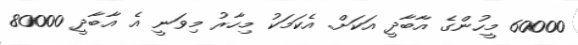
60000 މީހުންގެ އާބާދީ އަކަށް. އެކަމަކު މިހާރު މިވަނީ އެ އާބާދީ 80000